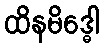
ထိနမိဒ္ဓေါ